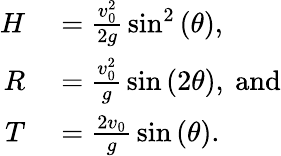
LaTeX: \begin{array}{rl}{H}&{{}={\frac{v_{0}^{2}}{2g}}\sin^{2}\left(\theta\right),}\\ {R}&{{}={\frac{v_{0}^{2}}{g}}\sin\left(2\theta\right),~{\mathrm{and}}}\\ {T}&{{}={\frac{2v_{0}}{g}}\sin\left(\theta\right).}\end{array}